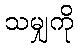
သမျှကို